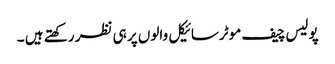
پولیس چیف موٹرسائیکل والوں پر ہی نظر رکھتے ہیں ۔